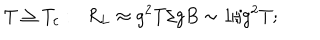
LaTeX: T \geq T _ { c } : \; \; R _ { L } \approx g ^ { 2 } T / g B \sim 1 / g ^ { 2 } T ;